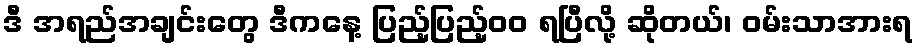
ဒီ အရည်အချင်းတွေ ဒီကနေ့ ပြည့်ပြည့်၀၀ ရပြီလို့ ဆိုတယ်၊ ဝမ်းသာအားရ